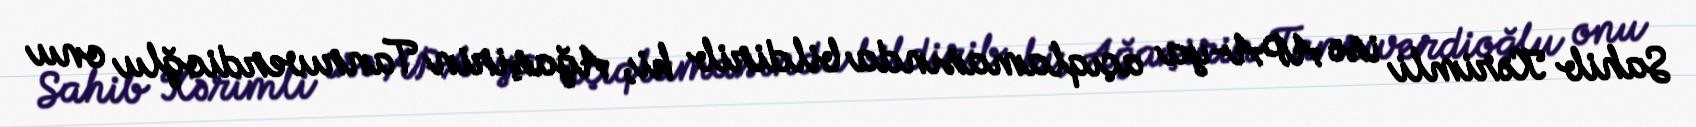
Sahib Kərimli isə APA-ya açıqlamasında bildirib ki, Ağaşirin Tanrıverdioğlu onu